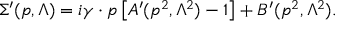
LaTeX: \Sigma ^ { \prime } ( p , \Lambda ) = i \gamma \cdot p \left[ A ^ { \prime } ( p ^ { 2 } , \Lambda ^ { 2 } ) - 1 \right] + B ^ { \prime } ( p ^ { 2 } , \Lambda ^ { 2 } ) .